Scientific memoirs by medical officers of the Army of India - Part III,
Year: 1887
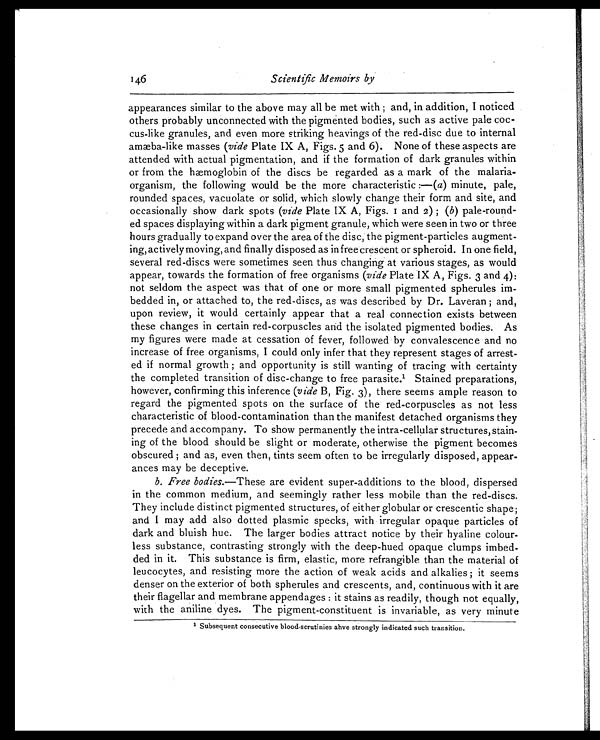
Scientific Memoirs by
appearances similar to the above may all be met with ; and, in addition, I noticed
others probably unconnected with the pigmented bodies, such as active pale coc-
cus-like granules, and even more striking heavings of the red-disc due to internal
amæba-like masses (vide Plate IX A, Figs. 5 and 6). None of these aspects are
attended with actual pigmentation, and if the formation of dark granules within
or from the hæmoglobin of the discs be regarded as a mark of the malaria-
organism, the following would be the more characteristic :—(a) minute, pale,
rounded spaces, vacuolate or solid, which slowly change their form and site, and
occasionally show dark spots (vide Plate IX A, Figs. i and 2) ; (b) pale-round-
ed spaces displaying within a dark pigment granule, which were seen in two or three
hours gradually to expand over the area of the disc, the pigment-particles augment-
ing, actively moving, and finally disposed as in free crescent or spheroid. In one field,
several red-discs were sometimes seen thus changing at various stages, as would
appear, towards the formation of free organisms (vide Plate IX A, Figs. 3 and 4):
not seldom the aspect was that of one or more small pigmented spherules im-
bedded in, or attached to, the red-discs, as was described by Dr. Laveran ; and,
upon review, it would certainly appear that a real connection exists between
these changes in certain red-corpuscles and the isolated pigmented bodies. As
my figures were made at cessation of fever, followed by convalescence and no
increase of free organisms, I could only infer that they represent stages of arrest-
ed if normal growth ; and opportunity is still wanting of tracing with certainty
the completed transition of disc-change to free parasite. 1 S t a i n e d p r e p a r a t i o n s ,
however, confirming this inference (vide B, Fig. 3), there seems ample reason to
regard the pigmented spots on the surface of the red-corpuscles as not less
characteristic of blood-contamination than the manifest detached organisms they
precede and accompany. To show permanently the intra-cellular structures, stain-
ing of the blood should be slight or moderate, otherwise the pigment becomes
obscured ; and as, even then, tints seem often to be irregularly disposed, appear-
ances may be deceptive.
b. Free bodies.— These are evident super-additions to the blood, dispersed
in the common medium, and seemingly rather less mobile than the red-discs.
They include distinct pigmented structures, of either globular or crescentic shape;
and I may add also dotted plasmic specks, with irregular opaque particles of
dark and bluish hue. The larger bodies attract notice by their hyaline colour-
less substance, contrasting strongly with the deep-hued opaque clumps imbed-
ded in it. This substance is firm, elastic, more refrangible than the material of
leucocytes, and resisting more the action of weak acids and alkalies ; it seems
denser on the exterior of both spherules and crescents, and, continuous with it are
their flagellar and membrane appendages : it stains as readily, though not equally,
with the aniline dyes. The pigment-constituent is invariable, as very minute
1 Subsequent consecutive blood-scrutinies ahve strongly indicated such transition.
146